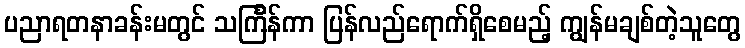
ပညာရတနာခန်းမတွင် သင်္ကြန်ကာ ပြန်လည်ရောက်ရှိစေမည့် ကျွန်မချစ်တဲ့သူတွေ